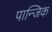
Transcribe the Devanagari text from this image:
पान्जिक